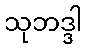
သုဘဒ္ဒါ